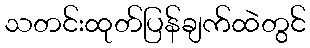
သတင်းထုတ်ပြန်ချက်ထဲတွင်